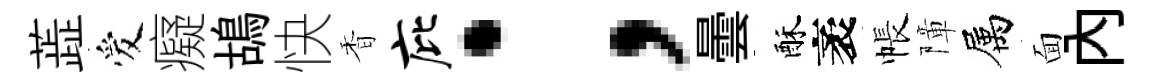
蕋爱癡鴣快香庇；曇酥袤帳障属面内